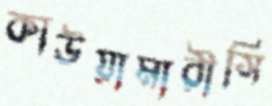
কাউয়ামারীসি